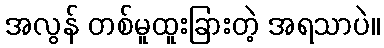
အလွန် တစ်မူထူးခြားတဲ့ အရသာပဲ။